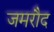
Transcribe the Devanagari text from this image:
जमरौद